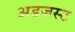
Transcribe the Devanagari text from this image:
अडजस्ट